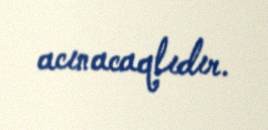
acınacaqlıdır.